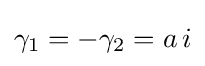
\gamma _{1}=-\gamma _{2}=a\,i